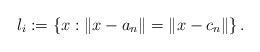
LaTeX: \begin{align*}l_{i}:=\left\{ x:\|x-a_{n}\|=\|x-c_{n}\|\right\} .\end{align*}